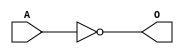
module ACINVH(A, O);
input   A;
output  O;
not g0(O, A);
endmodule